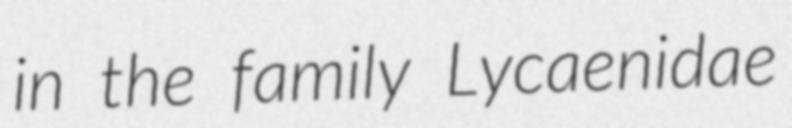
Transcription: in the family Lycaenidae